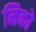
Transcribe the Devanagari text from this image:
मिको